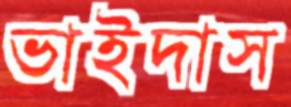
ভাইদাস